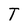
Character: T